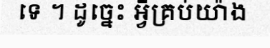
ទេ ។ ដូច្នេះ អ្វីគ្រប់យ៉ាង